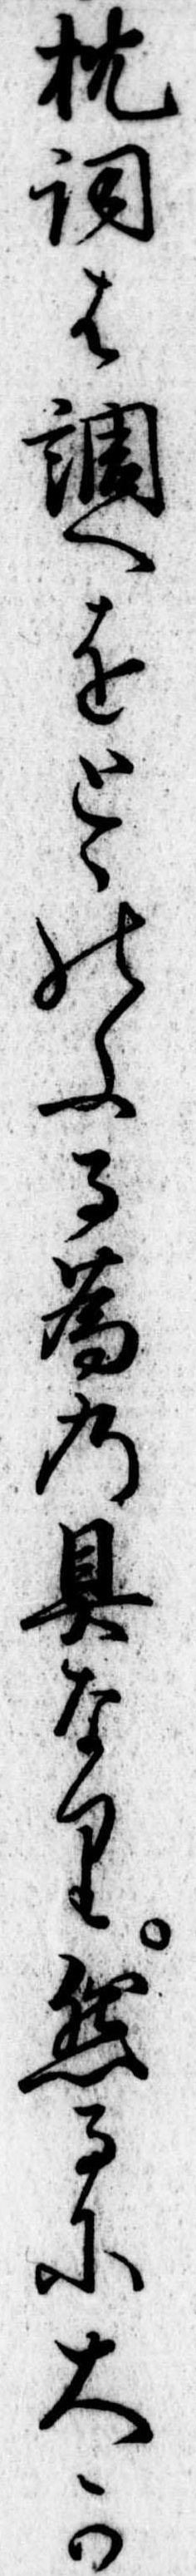
枕詞は調へをとゝのふる為の具なり然るに大か